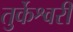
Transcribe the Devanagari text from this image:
तुर्केश्वरी